Plague in India, 1896, 1897 - Volume 3
Year: 1896
Disease focus: Plague
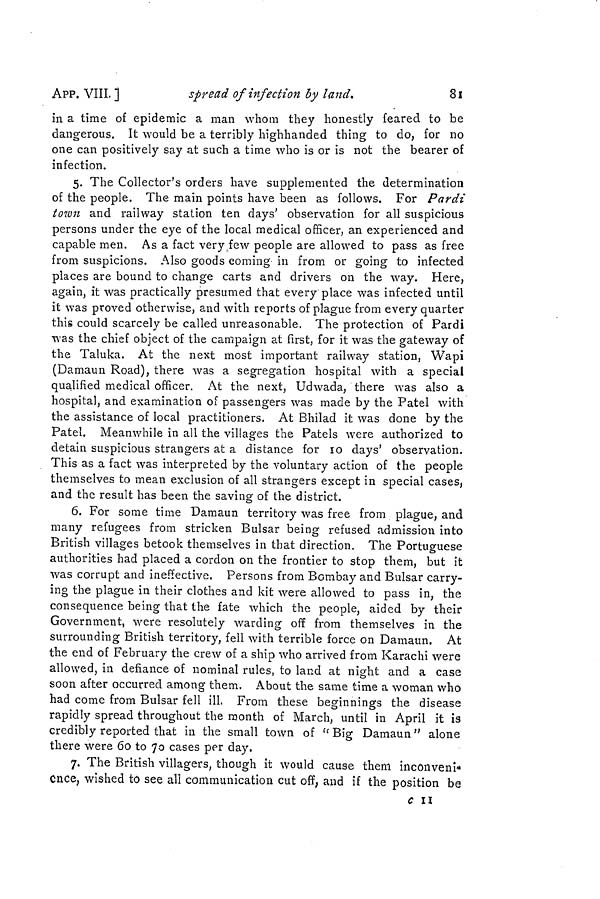
81
APP. VIII. ]
spread of infection by land.
in a time of epidemic a man whom they honestly feared to be
dangerous. It would be a terribly highhanded thing to do, for no
one can positively say at such a time who is or is not the bearer of
infection.
5. The Collector's orders have supplemented the determination
of the people. The main points have been as follows. For Pardi
town and railway station ten days' observation for all suspicious
persons under the eye of the local medical officer, an experienced and
capable men. As a fact very,few people are allowed to pass as free
from suspicions. Also goods coming in from or going to infected
places are bound to change carts and drivers on the way. Here,
again, it was practically presumed that every place was infected until
it was proved otherwise, and with reports of plague from every quarter
this could scarcely be called unreasonable. The protection of Pardi
was the chief object of the campaign at first, for it was the gateway of
the Taluka. At the next most important railway station, Wapi
(Damaun Road), there was a segregation hospital with a special
qualified medical officer. At the next, Udwada, there was also a
hospital, and examination of passengers was made by the Patel with
the assistance of local practitioners. At Bhilad it was done by the
Patel. Meanwhile in all the villages the Patels were authorized to
detain suspicious strangers at a distance for 10 days' observation.
This as a fact was interpreted by the voluntary action of the people
themselves to mean exclusion of all strangers except in special cases,
and the result has been the saving of the district.
6. For some time Damaun territory was free from plague, and
many refugees from stricken Bulsar being refused admission into
British villages betook themselves in that direction. The Portuguese
authorities had placed a cordon on the frontier to stop them, but it
was corrupt and ineffective. Persons from Bombay and Bulsar carry-
ing the plague in their clothes and kit were allowed to pass in, the
consequence being that the fate which the people, aided by their
Government, were resolutely warding off from themselves in the
surrounding British territory, fell with terrible force on Damaun. At
the end of February the crew of a ship who arrived from Karachi were
allowed, in defiance of nominal rules, to land at night and a case
soon after occurred among them. About the same time a woman who
had come from Bulsar fell ill. From these beginnings the disease
rapidly spread throughout the month of March, until in April it is
credibly reported that in the small town of " Big Damaun " alone
there were 60 to 70 cases per day.
7. The British villagers, though it would cause them inconveni"
Cnce, wished to see all communication cut off, and if the position be
C II